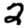
Digit: 2